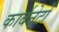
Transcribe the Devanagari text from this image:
कार्बनेटों